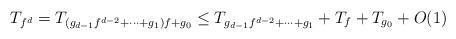
LaTeX: \begin{align*} T_{f^{d}} = T_{(g_{d-1}f^{d-2} + \cdots + g_1)f + g_0} \le T_{g_{d-1}f^{d-2} + \cdots + g_1} + T_f + T_{g_0} + O(1) \end{align*}